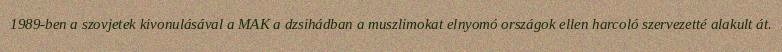
1989-ben a szovjetek kivonulásával a MAK a dzsihádban a muszlimokat elnyomó országok ellen harcoló szervezetté alakult át.